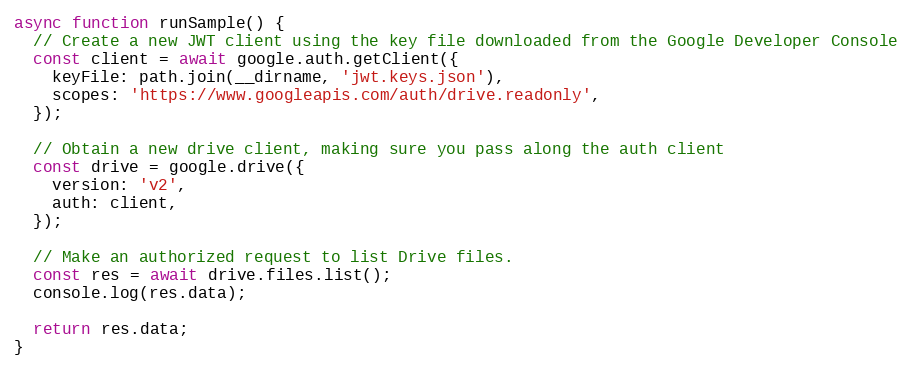
Language: JavaScript
async function runSample() {
  // Create a new JWT client using the key file downloaded from the Google Developer Console
  const client = await google.auth.getClient({
    keyFile: path.join(__dirname, 'jwt.keys.json'),
    scopes: 'https://www.googleapis.com/auth/drive.readonly',
  });

  // Obtain a new drive client, making sure you pass along the auth client
  const drive = google.drive({
    version: 'v2',
    auth: client,
  });

  // Make an authorized request to list Drive files.
  const res = await drive.files.list();
  console.log(res.data);

  return res.data;
}